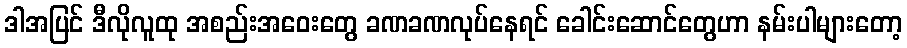
ဒါအပြင် ဒီလိုလူထု အစည်းအဝေးတွေ ခဏခဏလုပ်နေရင် ခေါင်းဆောင်တွေဟာ နမ်းပါများတော့